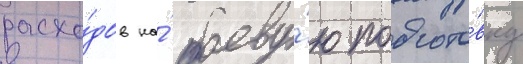
расхо́дов на́ боеву́ю подгото́вку